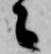
々